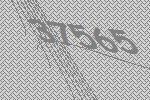
37565